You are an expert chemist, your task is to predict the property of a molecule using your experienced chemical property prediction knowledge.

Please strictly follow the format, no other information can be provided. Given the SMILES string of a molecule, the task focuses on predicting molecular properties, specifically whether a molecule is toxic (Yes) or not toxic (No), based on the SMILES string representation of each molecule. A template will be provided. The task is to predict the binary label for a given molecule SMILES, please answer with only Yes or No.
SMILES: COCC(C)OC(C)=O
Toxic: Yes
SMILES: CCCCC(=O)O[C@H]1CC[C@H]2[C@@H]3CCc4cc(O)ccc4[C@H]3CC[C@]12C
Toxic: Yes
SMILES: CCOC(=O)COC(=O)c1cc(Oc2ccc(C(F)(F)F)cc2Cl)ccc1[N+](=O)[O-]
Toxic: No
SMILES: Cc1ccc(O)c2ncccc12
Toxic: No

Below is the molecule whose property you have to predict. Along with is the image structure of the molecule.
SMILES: CC(=O)Oc1cccc2c1C(=O)c1c(OC(C)=O)cc(C(=O)O)cc1C2=O
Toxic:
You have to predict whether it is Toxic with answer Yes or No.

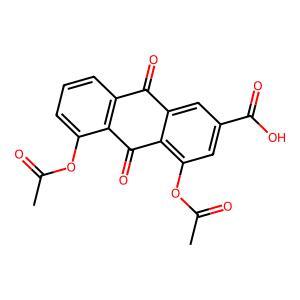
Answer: No